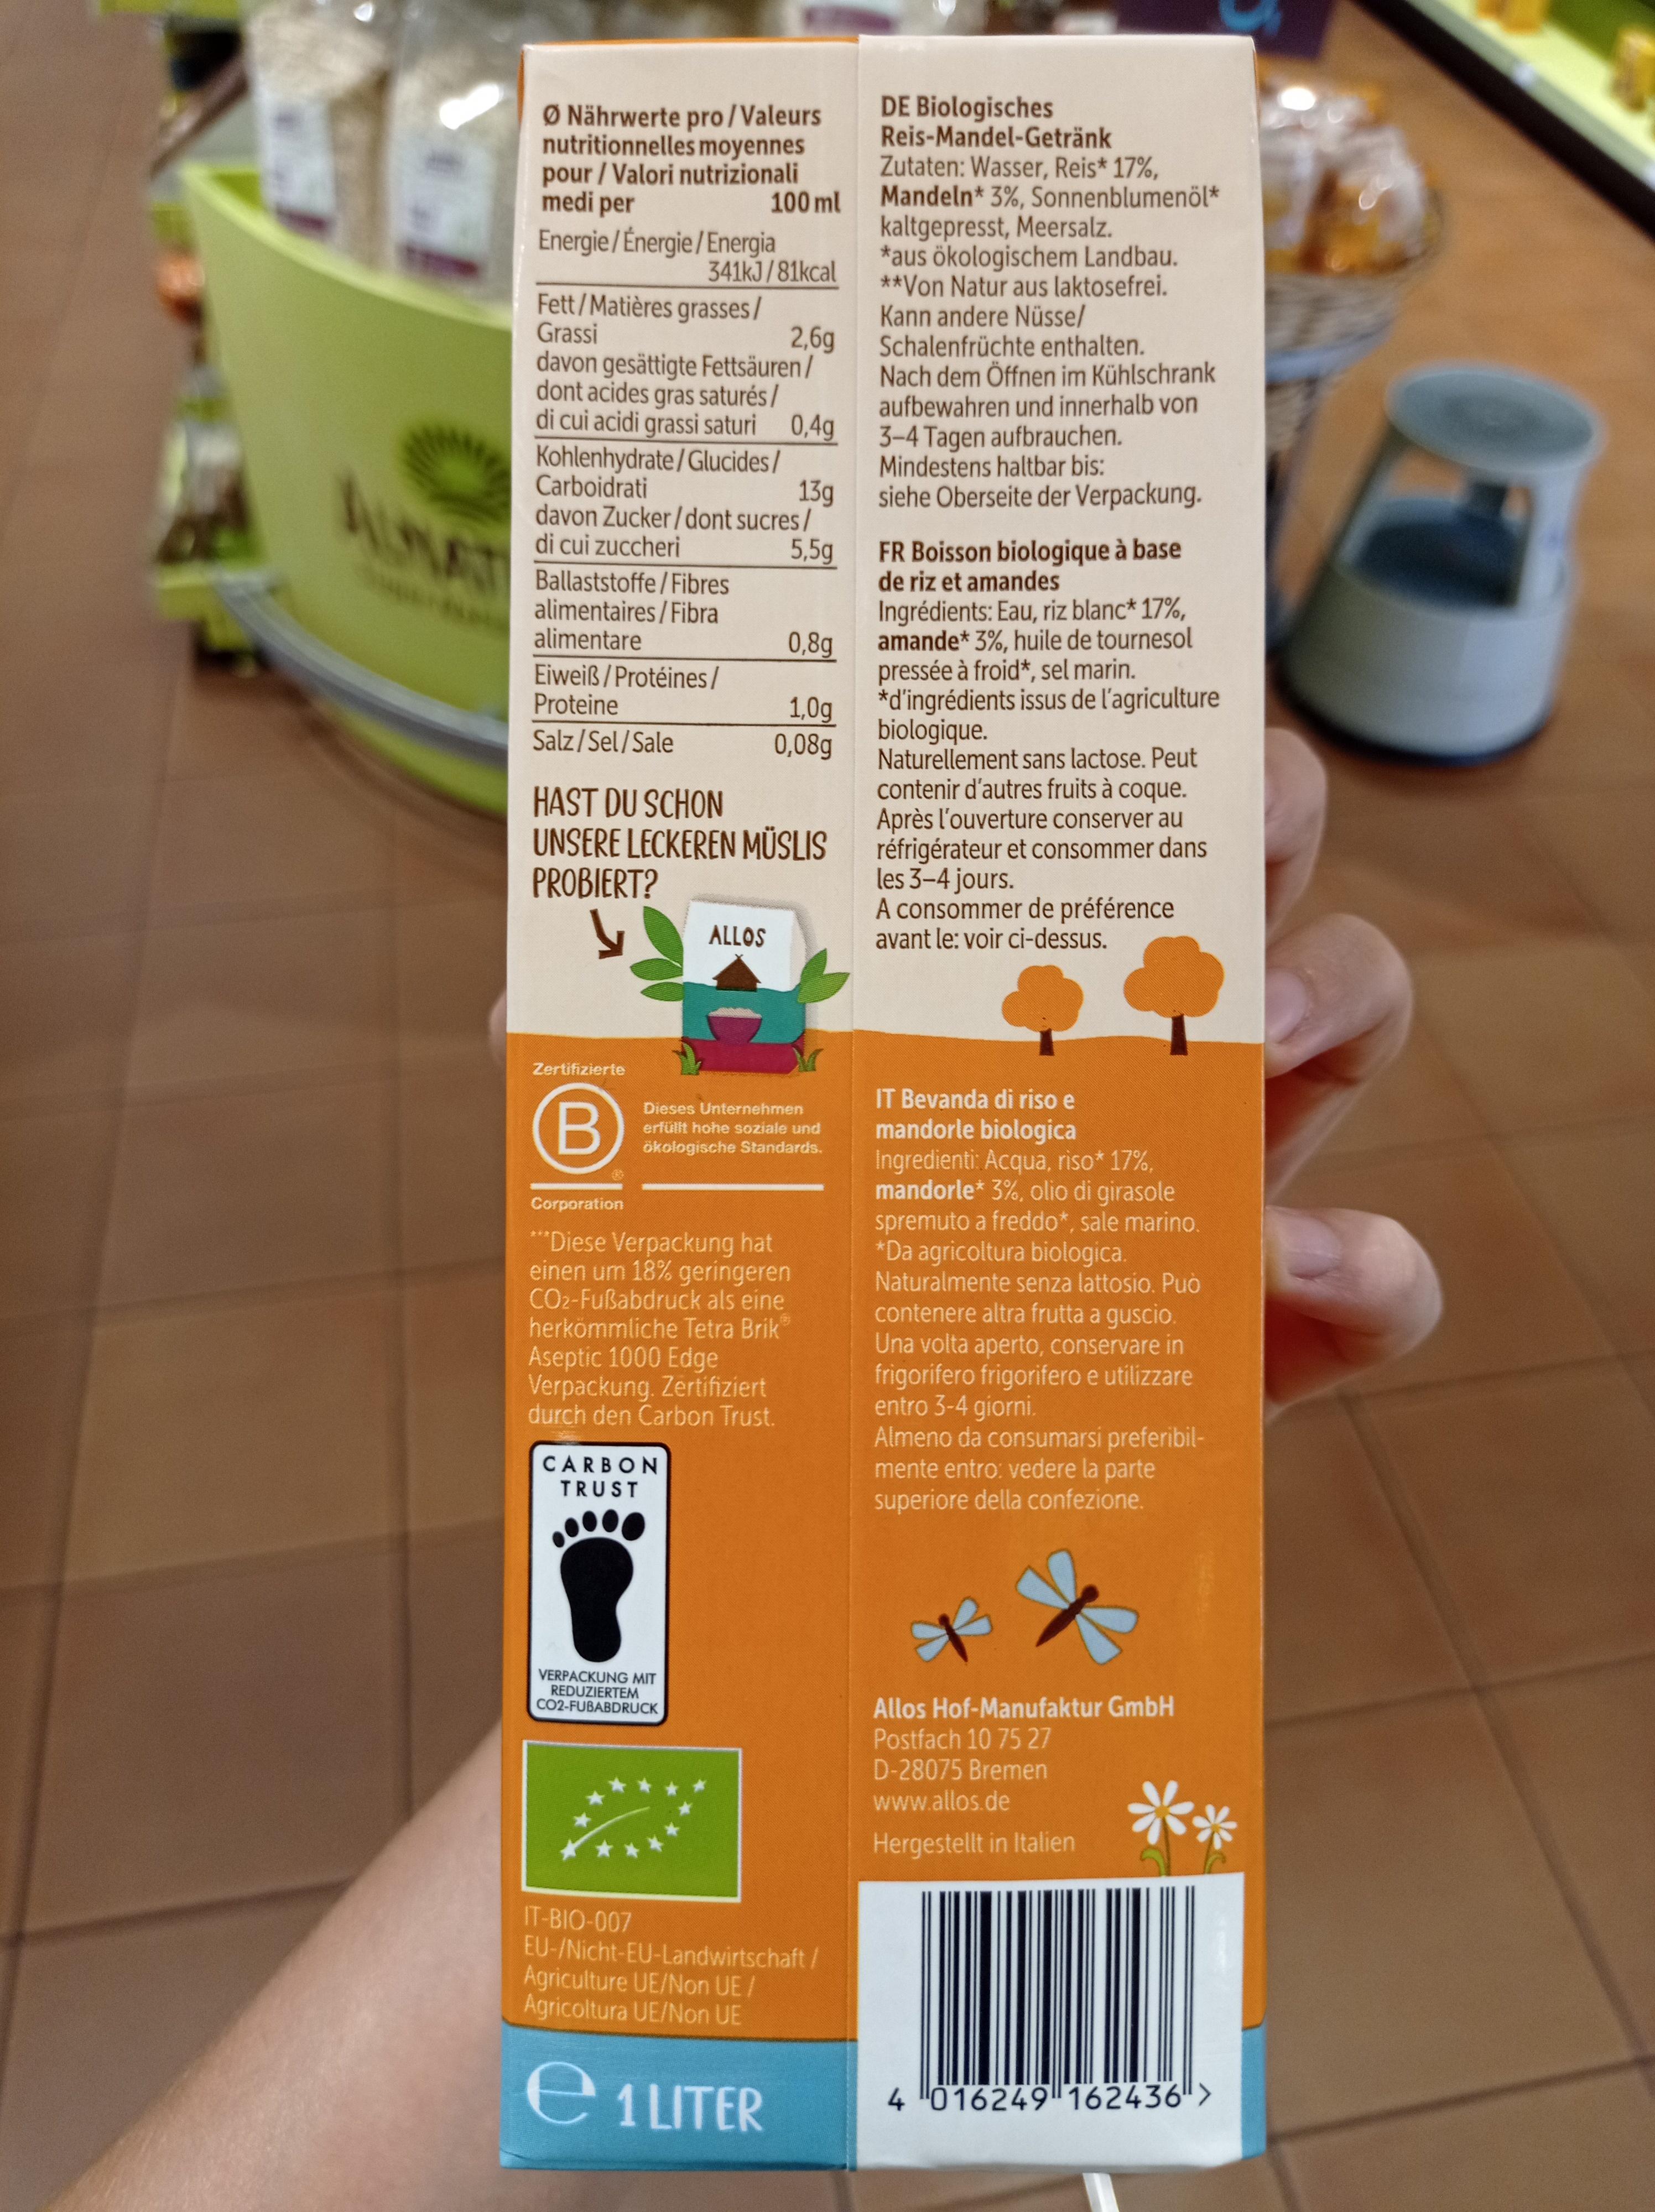
Ø Nährwerte pro/ Valeurs nutritionnelles moyennes pour/Valori nutrizionali medi per
100 ml
Energie/ Énergie/Energia
Fett/Matières grasses/ Grassi
2,6g
davon gesättigte Fettsäuren/ dont acides gras saturés/ di cui acidi grassi saturi 0,4g
Kohlenhydrate/Glucides/
Carboidrati
13g
davon Zucker/dont sucres/ di cui zuccheri
5,5g
Ballaststoffe/Fibres
alimentaires/Fibra alimentare
Eiweiß/Protéines / Proteine
Salz/Sel/Sale
Zertifizierte
B
341kJ/81kcal
HAST DU SCHON UNSERE LECKEREN MÜSLIS PROBIERT?
*
CARBON TRUST
VERPACKUNG MIT REDUZIERTEM CO2-FUBABDRUCK
IT-BIO-007
0,8g
1,0g
0,08g
ALLOS
Dieses Unternehmen erfüllt hohe soziale und ökologische Standards.
Corporation
***Diese Verpackung hat einen um 18% geringeren CO2-Fußabdruck als eine herkömmliche Tetra Brik Aseptic 1000 Edge Verpackung. Zertifiziert durch den Carbon Trust.
EU-/Nicht-EU-Landwirtschaft/
Agriculture UE/Non UE/ Agricoltura UE/Non UE
e 1 LITER
DE Biologisches Reis-Mandel-Getränk Zutaten: Wasser, Reis* 17%,
Mandeln* 3%, Sonnenblumenöl* kaltgepresst, Meersalz.
*aus ökologischem Landbau. **Von Natur aus laktosefrei. Kann andere Nüsse/
Schalenfrüchte enthalten. Nach dem Öffnen im Kühlschrank aufbewahren und innerhalb von 3-4 Tagen aufbrauchen. Mindestens haltbar bis: siehe Oberseite der Verpackung.
FR Boisson biologique à base de riz et amandes
Ingrédients: Eau, riz blanc* 17%, amande* 3%, huile de tournesol pressée à froid*, sel marin. *d'ingrédients issus de l'agriculture biologique.
Naturellement sans lactose. Peut contenir d'autres fruits à coque. Après l'ouverture conserver au réfrigérateur et consommer dans les 3-4 jours.
A consommer de préférence avant le: voir ci-dessus.
IT Bevanda di riso e
mandorle biologica Ingredienti: Acqua, riso* 17%, mandorle* 3%, olio di girasole spremuto a freddo*, sale marino. *Da agricoltura biologica. Naturalmente senza lattosio. Può contenere altra frutta a guscio. Una volta aperto, conservare in frigorifero frigorifero e utilizzare entro 3-4 giorni.
Almeno da consumarsi preferibilmente entro: vedere la parte superiore della confezione.
Allos Hof-Manufaktur GmbH Postfach 10 75 27 D-28075 Bremen
www.allos.de
Hergestellt in Italien
**
4016249 162436">